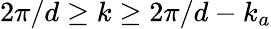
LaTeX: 2\pi/d\geq k\geq 2\pi/d-k_{a}